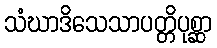
သံဃာဒိသေသာပတ္တိပုစ္ဆာ